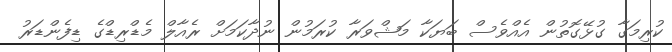
ކުރިމަގާ ގުޅޭގޮތުން އެއްވެސް ބަޔަކާ މަޝްވަރާ ކުރަމުން ނުދާކަމަށް ރެއާލް މެޑްރިޑްގެ ޑިފެންޑަރު